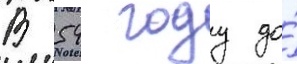
В 54 году до́